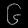
Digit: ၆